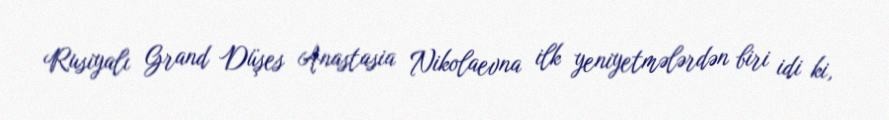
Rusiyalı Grand Düşes Anastasia Nikolaevna ilk yeniyetmələrdən biri idi ki,